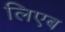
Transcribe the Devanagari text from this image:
लिएब